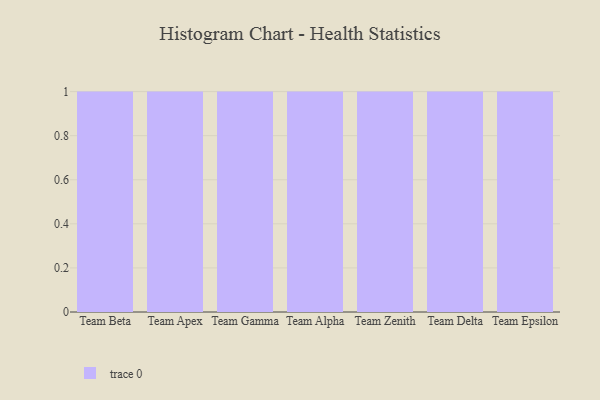
{"axis": {"x": "Team", "y": "Latency (ms)"}, "legend": [""], "data": [{"x": "Team Beta", "y": 67, "type": ""}, {"x": "Team Apex", "y": 49, "type": ""}, {"x": "Team Gamma", "y": 4, "type": ""}, {"x": "Team Alpha", "y": 30, "type": ""}, {"x": "Team Zenith", "y": 50, "type": ""}, {"x": "Team Delta", "y": 48, "type": ""}, {"x": "Team Epsilon", "y": 53, "type": ""}]}